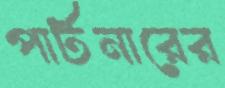
পার্টনারের